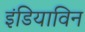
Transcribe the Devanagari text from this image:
इंडियाविन